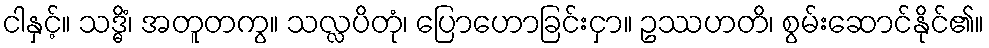
ငါနှင့်။ သဒ္ဓိံ၊ အတူတကွ။ သလ္လပိတုံ၊ ပြောဟောခြင်းငှာ။ ဥဿဟတိ၊ စွမ်းဆောင်နိုင်၏။